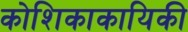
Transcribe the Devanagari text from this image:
कोशिकाकायिकी